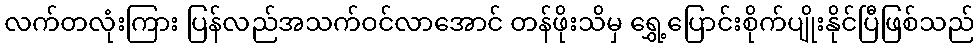
လက်တလုံးကြား ပြန်လည်အသက်ဝင်လာအောင် တန်ဖိုးသိမှ ရွှေ့ပြောင်းစိုက်ပျိုးနိုင်ပြီဖြစ်သည်